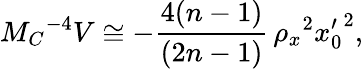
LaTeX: M_{C}{}^{-4}V\cong-\frac{4(n-1)}{(2n-1)}\, \rho_{x}{}^{2}{x_{0}^{\prime}}^{2},